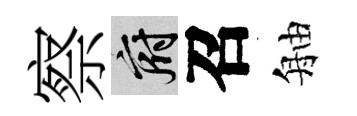
察府召舳